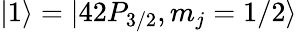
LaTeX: |1\rangle=|42P_{3/2},m_{j}=1/2\rangle